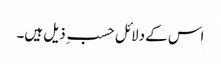
اس کے دلائل حسب ِ ذیل ہیں۔